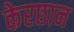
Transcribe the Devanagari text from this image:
केरछान